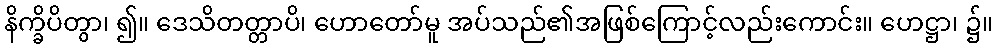
နိက္ခိပိတွာ၊ ၍။ ဒေသိတတ္တာပိ၊ ဟောတော်မူ အပ်သည်၏အဖြစ်ကြောင့်လည်းကောင်း။ ဟေဋ္ဌာ၊ ၌။